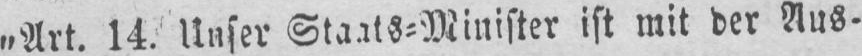
„Art. 14. Unser Staats⸗Minister ist mit der Aus⸗